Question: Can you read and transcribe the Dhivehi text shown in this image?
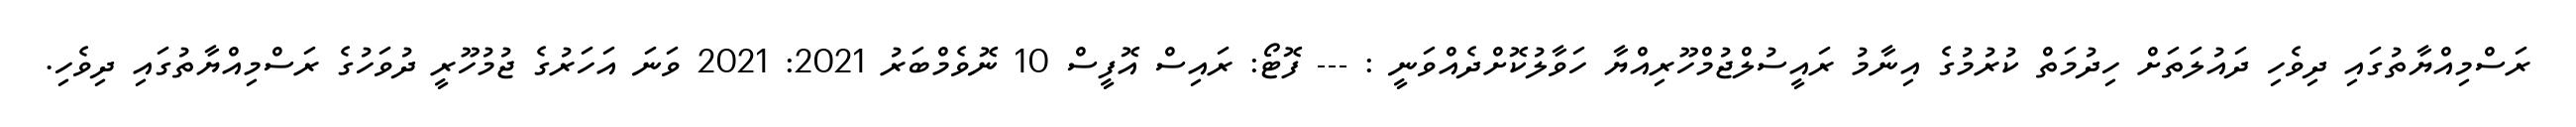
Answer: ރަސްމިއްޔާތުގައި ދިވެހި ދައުލަތަށް ހިދުމަތް ކުރުމުގެ އިނާމު ރައީސުލްޖުމްހޫރިއްޔާ ހަވާލުކޮށްދެއްވަނީ : --- ފޮޓޯ: ރައިސް އޮފީސް 10 ނޮވެމްބަރު 2021: 2021 ވަނަ އަހަރުގެ ޖުމުހޫރީ ދުވަހުގެ ރަސްމިއްޔާތުގައި ދިވެހި.